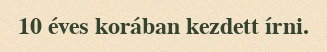
10 éves korában kezdett írni.